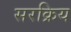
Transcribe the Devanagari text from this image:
सरक्रिय